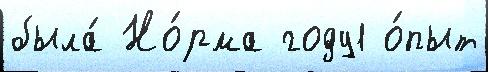
была́ Но́рма году1 о́пыт